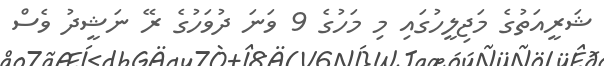
ޝަރީއަތުގެ މަޖިލީހުގައި މި މަހުގެ 9 ވަނަ ދުވަހުގެ ރޭ ނަޝީދު ވެސް